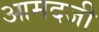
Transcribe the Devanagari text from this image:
आमदजी